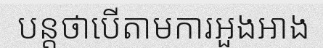
បន្តថាបើតាមការអួងអាង